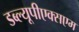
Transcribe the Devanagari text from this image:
डब्ल्यूपीएक्सएम